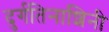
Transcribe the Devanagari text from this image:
दुर्गतिनाशिनी